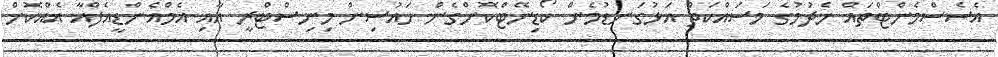
އެސެސްމެންޓްތައް ހެދުމުގެ މަސައްކަތް އަޅުގަނޑުމެން ކޯޑިނޭޓްކޮށްގެން ހައުސިން މިނިސްޓްރީ އާއި އެމްއެންޑީއެފްއާ އެއްކޮށް